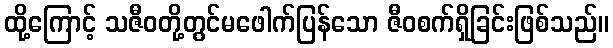
ထို့ကြောင့် သဇီဝတို့တွင်မဖေါက်ပြန်သော ဇီဝစက်ရှိခြင်းဖြစ်သည်။